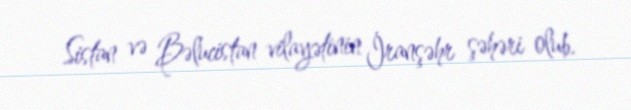
Sistan və Bəlucistan vilayətinin İranşəhr şəhəri olub.